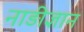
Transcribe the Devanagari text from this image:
नाड़ीज्ञान